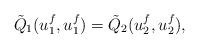
LaTeX: \begin{align*}\tilde Q_1(u_1^f,u_1^f)=\tilde Q_2(u_2^f,u_2^f),\end{align*}